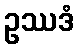
ဥဿဒံ